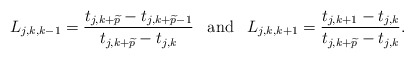
\begin{align*}L_{j,k,k-1} = {t_{j,k+\widetilde{p}}-t_{j,k+\widetilde{p}-1} \over t_{j,k+\widetilde{p}}-t_{j,k}}\,\,\,\mbox{ and }\,\,\,L_{j,k,k+1} = {t_{j,k+1}-t_{j,k} \over t_{j,k+\widetilde{p}}-t_{j,k}}.\end{align*}